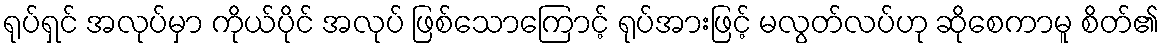
ရုပ်ရှင် အလုပ်မှာ ကိုယ်ပိုင် အလုပ် ဖြစ်သောကြောင့် ရုပ်အားဖြင့် မလွတ်လပ်ဟု ဆိုစေကာမူ စိတ်၏